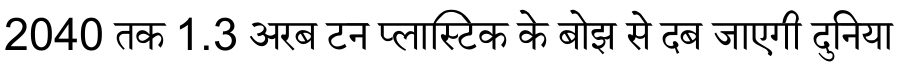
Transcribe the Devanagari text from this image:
2040 तक 1.3 अरब टन प्लास्टिक के बोझ से दब जाएगी दुनिया